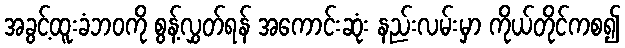
အခွင့်ထူးခံဘဝကို စွန့်လွှတ်ရန် အကောင်းဆုံး နည်းလမ်းမှာ ကိုယ်တိုင်ကစ၍